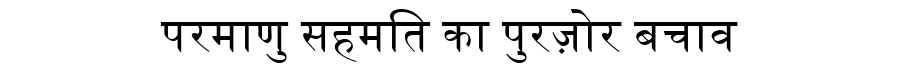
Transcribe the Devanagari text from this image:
परमाणु सहमति का पुरज़ोर बचाव